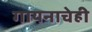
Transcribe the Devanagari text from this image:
गायनाचेही